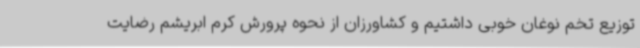
توزیع تخم نوغان خوبی داشتیم و کشاورزان از نحوه پرورش کرم ابریشم رضایت